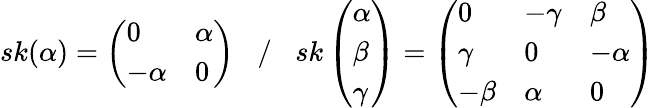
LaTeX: sk(\alpha)=\left(\begin{array}{ll}{0}&{\alpha}\\ {-\alpha}&{0}\end{array}\right)\; \; \; /\; \; \; sk\left(\begin{array}{l}{\alpha}\\ {\beta}\\ {\gamma}\end{array}\right)=\left(\begin{array}{lll}{0}&{-\gamma}&{\beta}\\ {\gamma}&{0}&{-\alpha}\\ {-\beta}&{\alpha}&{0}\end{array}\right)